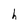
Character: h